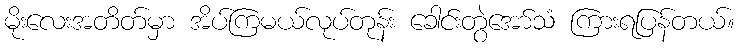
မိုးလေးအတိတ်မှာ အိပ်ကြမယ်လုပ်တုန်း ခေါင်းတွဲအော်သံ ကြားရပြန်တယ်။